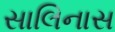
સાલિનાસ